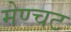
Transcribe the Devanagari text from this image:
मेण्चट